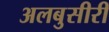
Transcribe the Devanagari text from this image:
अलबुसीरी